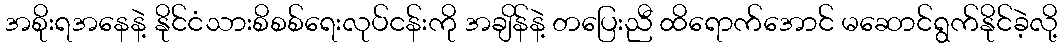
အစိုးရအနေနဲ့ နိုင်ငံသားစိစစ်ရေးလုပ်ငန်းကို အချိန်နဲ့ တပြေးညီ ထိရောက်အောင် မဆောင်ရွက်နိုင်ခဲ့လို့